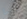
آماندا